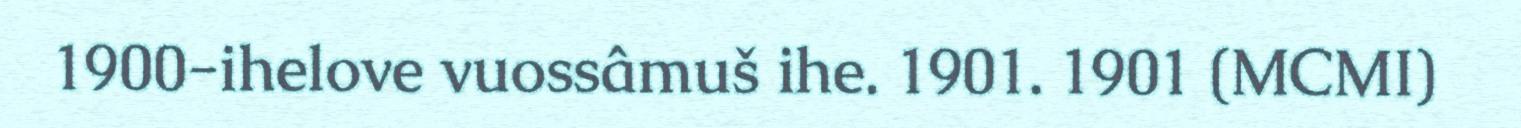
1900-ihelove vuossâmuš ihe. 1901. 1901 (MCMI)